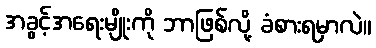
အခွင့်အရေးမျိုးကို ဘာဖြစ်လို့ ခံစားရမှာလဲ။